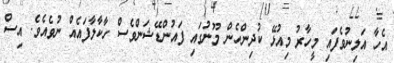
އެހާ އަލިނުވެފައި މީހާރު މިއުޅޭ ކުދިންހެން މޫނުގައި ފައުންޑޭޝަންވެސް ހާކާލާފައެއް ނުވެއެވެ. އިސް